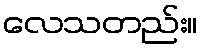
လေသတည်း။